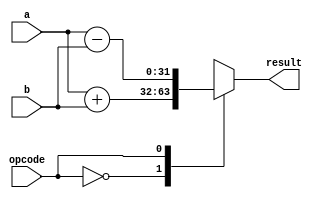
module floating_point_alu (
    input wire [31:0] a, // input floating point number
    input wire [31:0] b, // input floating point number
    input wire opcode, // operation code (0: addition, 1: subtraction, 2: multiplication, 3: division)
    output wire [31:0] result // output result of arithmetic operation
);

    // Define floating point ALU operation codes
    parameter ADD = 0;
    parameter SUB = 1;
    parameter MUL = 2;
    parameter DIV = 3;

    reg [31:0] result_reg; // register to store result of operation

    always @* begin
        case (opcode)
            ADD: result_reg = a + b;
            SUB: result_reg = a - b;
            MUL: result_reg = a * b;
            DIV: result_reg = a / b;
        endcase
    end

    assign result = result_reg;

endmodule